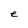
Character: e